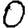
Digit: 0